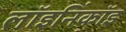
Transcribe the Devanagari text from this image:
लॉइनिंकॉइ